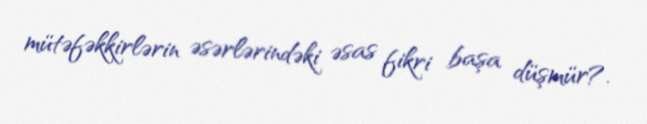
mütəfəkkirlərin əsərlərindəki əsas fikri başa düşmür?.